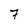
Character: 7